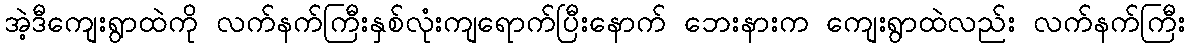
အဲ့ဒီကျေးရွာထဲကို လက်နက်ကြီးနှစ်လုံးကျရောက်ပြီးနောက် ဘေးနားက ကျေးရွာထဲလည်း လက်နက်ကြီး